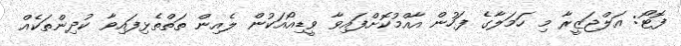
ފޮޓޯ: އަލްޖަޒީރާ މި ހަމަލާގެ ފަހުން އާއްމުކޮށްފައިވާ ވީޑިއޯއަކުން ލެއިން ތަތްތެޅިފައިވާ ކުދިންތަކެއް